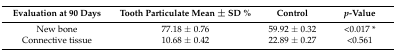
<table><thead><tr><td><b>Evaluation at 90 Days</b></td><td><b>Tooth Particulate Mean ± SD %</b></td><td><b>Control</b></td><td><b><i>p</i>-Value</b></td></tr></thead><tbody><tr><td>New bone</td><td>77.18 ± 0.76</td><td>59.92 ± 0.32</td><td>&lt;0.017 *</td></tr><tr><td>Connective tissue</td><td>10.68 ± 0.42</td><td>22.89 ± 0.27</td><td>&lt;0.561</td></tr></tbody></table>